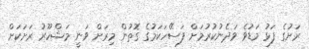
ރަށުގެ ފަޅު މަޑުވެ ވަދެނުކުރުމަށް ފަސޭހަކަމުގެ ގޮތުން މިރަށް ވަނީ މަޝްހޫރު ރަށަކަށް